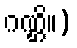
ဂဏ္ဌိ။)